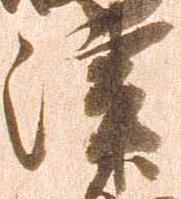
津